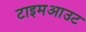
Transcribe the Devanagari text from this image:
टाइमआउट